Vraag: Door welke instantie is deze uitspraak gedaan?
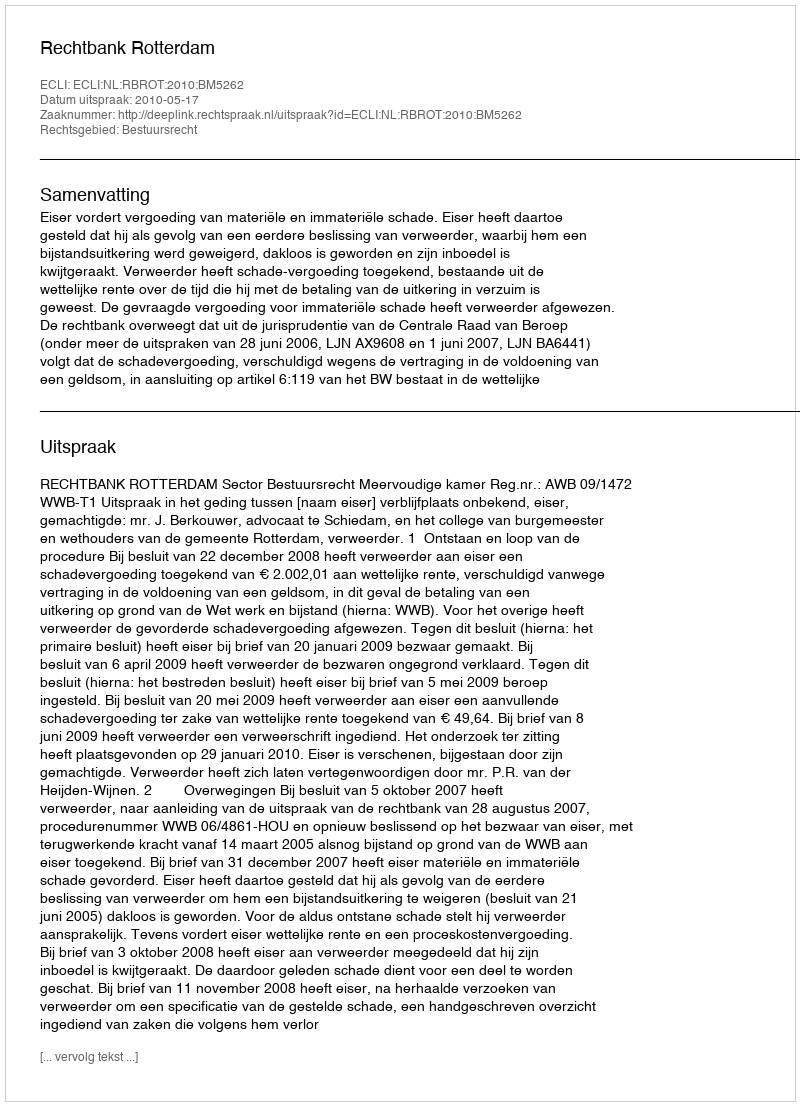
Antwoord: Rechtbank Rotterdam